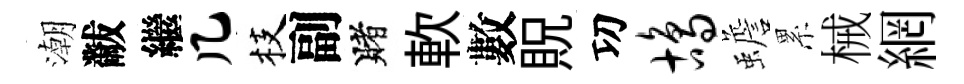
潮黻繼几枝副賭軟數貺㓛鸪蟾累械網